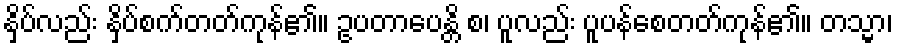
နှိပ်လည်း နှိပ်စက်တတ်ကုန်၏။ ဥပတာပေန္တိ စ၊ ပူလည်း ပူပန်စေတတ်ကုန်၏။ တသ္မာ၊